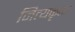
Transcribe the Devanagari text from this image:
नित्यकृत्य